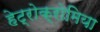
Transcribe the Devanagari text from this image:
हेट्रोक्रोमिया